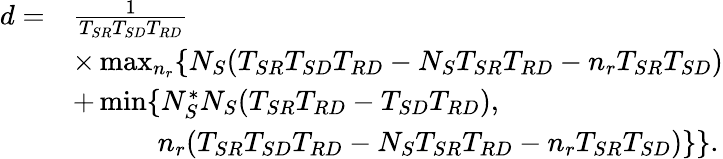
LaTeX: \begin{array}{rl}{d=}&{\frac{1}{T_{SR}T_{SD}T_{RD}}}\\ &{\times\operatorname*{max}_{n_{r}}\{ N_{S}(T_{SR}T_{SD}T_{RD}-N_{S}T_{SR}T_{RD}-n_{r}T_{SR}T_{SD})}\\ &{+\operatorname*{min}\{ N_{S}^{\ast}N_{S}(T_{SR}T_{RD}-T_{SD}T_{RD}),}\\ &{\quad\quad\quad n_{r}(T_{SR}T_{SD}T_{RD}-N_{S}T_{SR}T_{RD}-n_{r}T_{SR}T_{SD})\} \} .}\end{array}